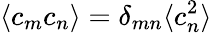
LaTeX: \langle c_{m}c_{n}\rangle=\delta_{mn}\langle c_{n}^{2}\rangle